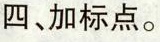
四、加标点。